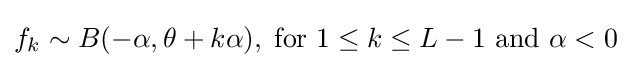
f_{k}\sim B(-\alpha ,\theta +k\alpha ),\;{\text{for }}1\leq k\leq L-1{\text{ and }}\alpha <0